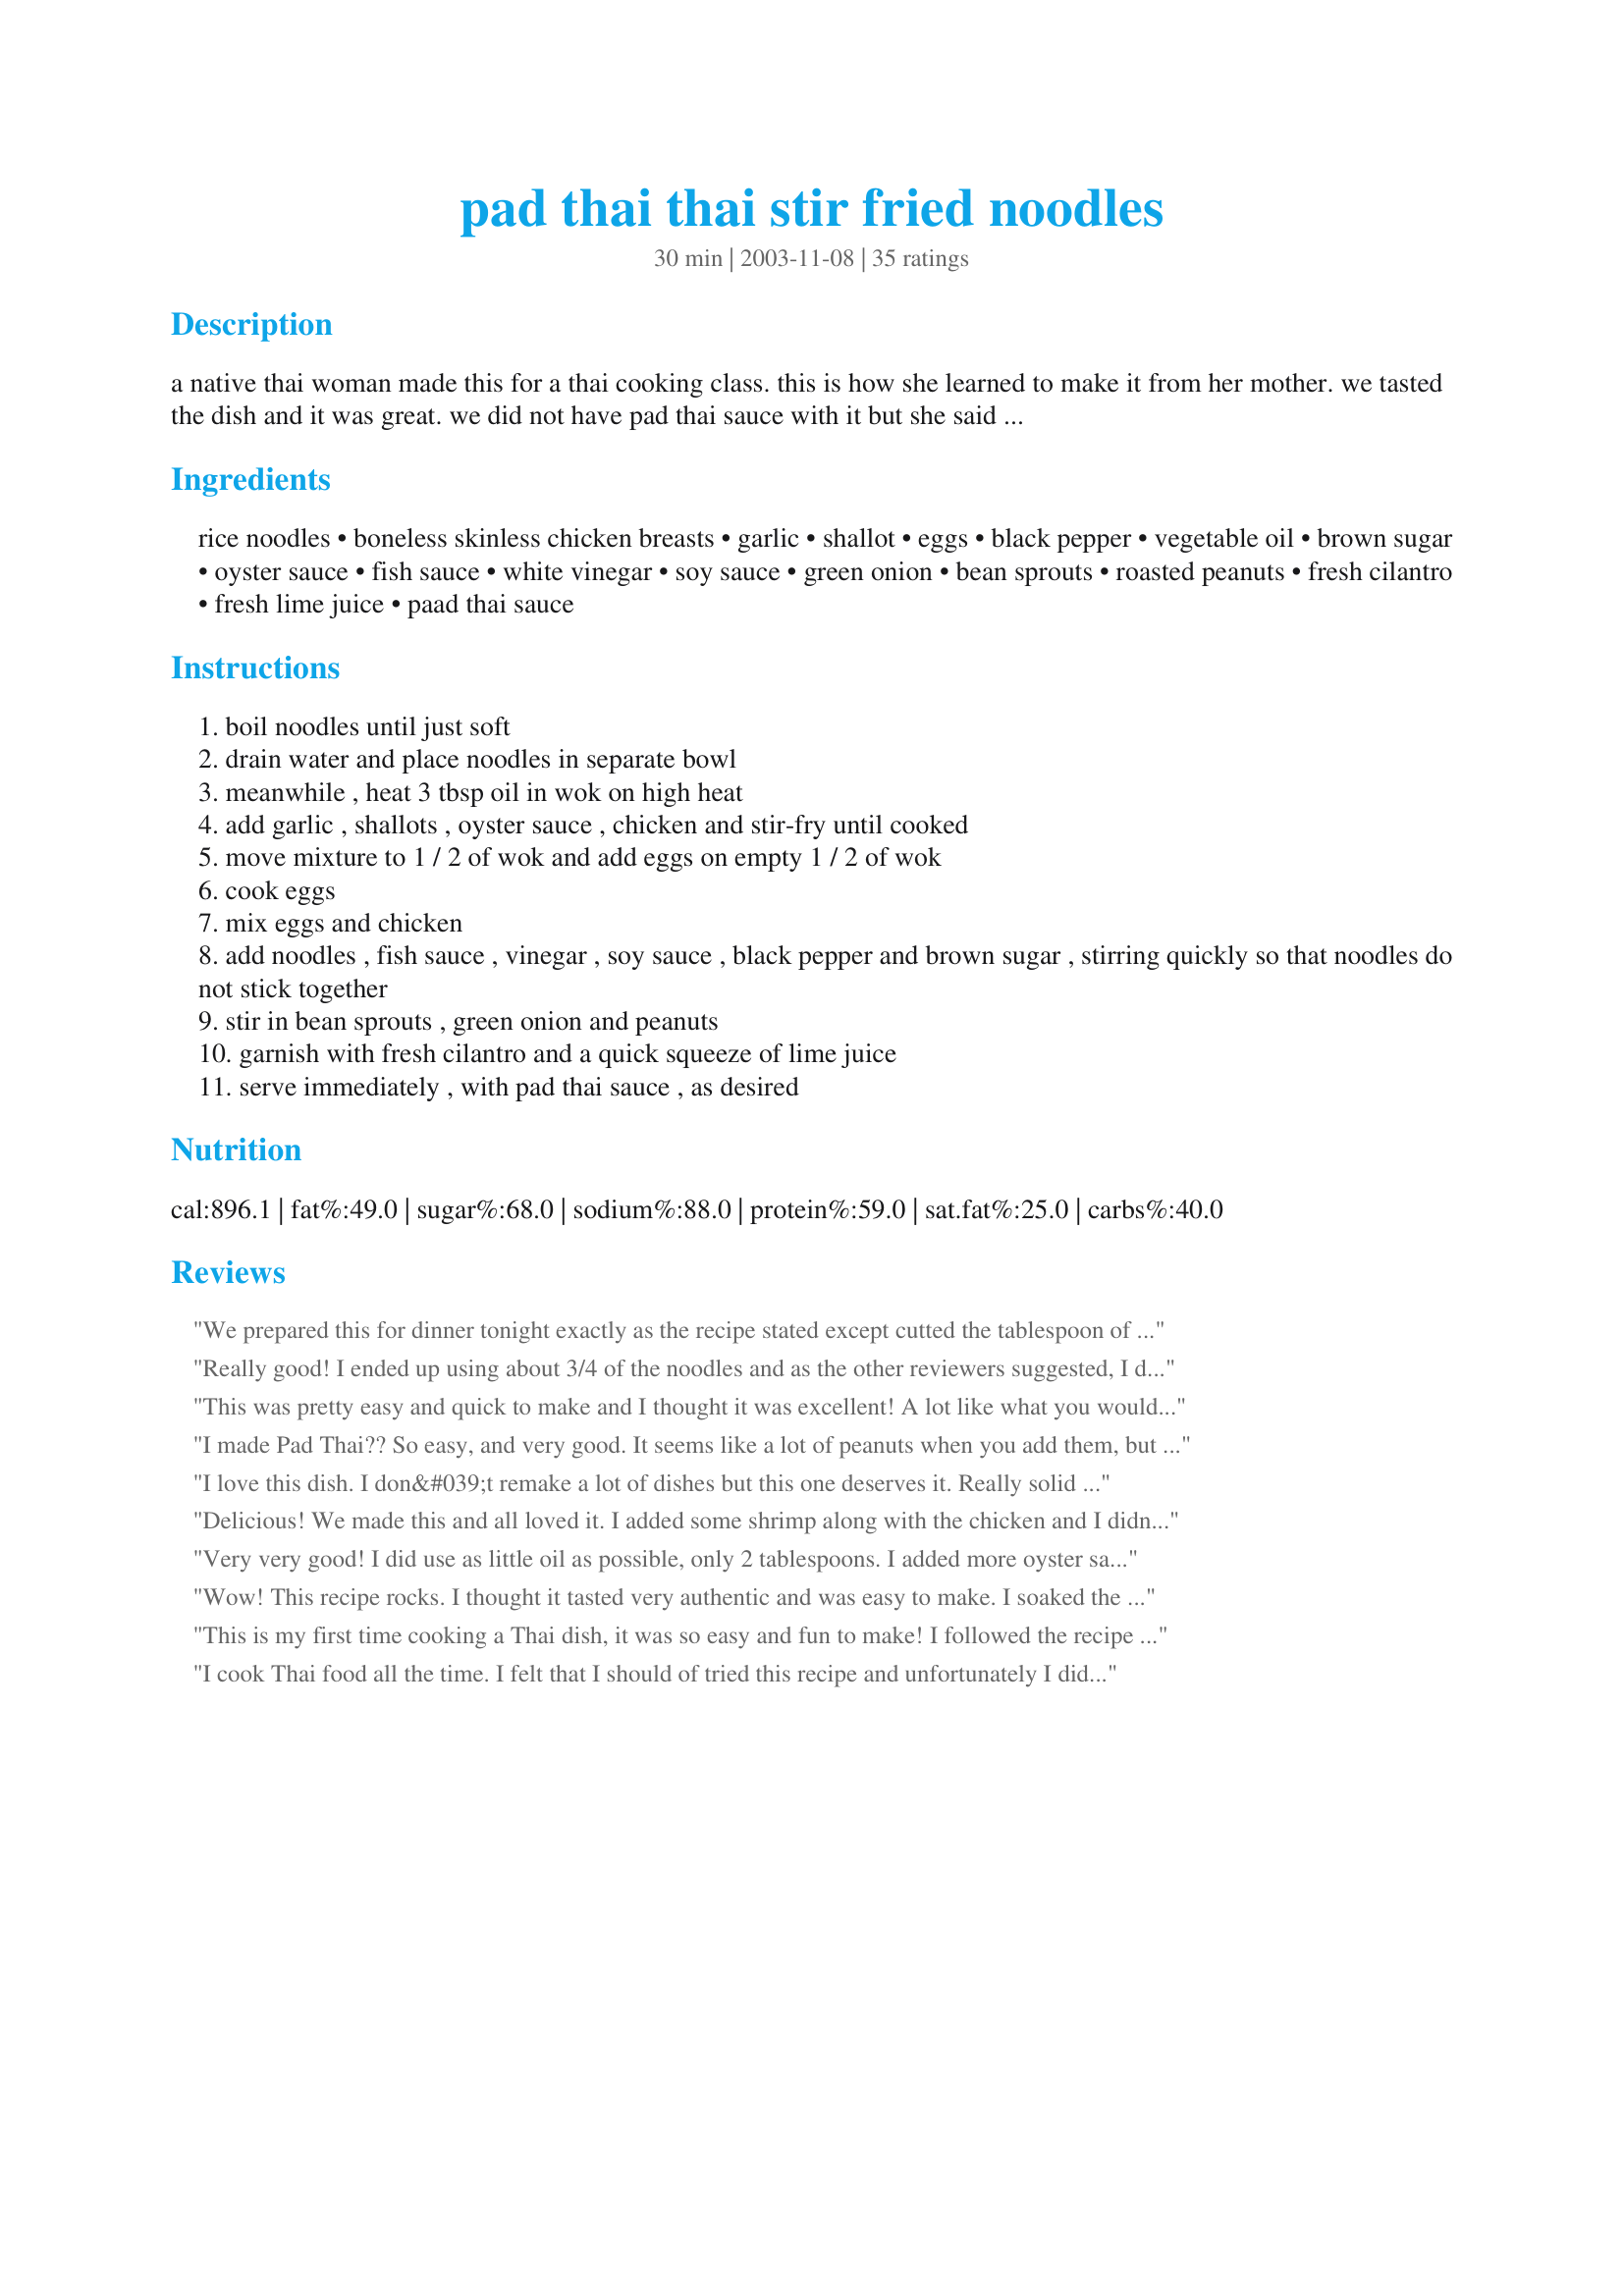
pad thai thai stir fried noodles
Preparation time: 30 minutes

a native thai woman made this for a thai cooking class. this is how she learned to make it from her mother. we tasted the dish and it was great. we did not have pad thai sauce with it but she said the store bought type was fine. vegetables or tofu may be substituted for the chicken. she noted that overcooked noodles do not stir-fry well and do not look good. if using fresh noodles, instead of dried, they will cook in less than 1 minute.

Ingredients:
rice noodles, boneless skinless chicken breasts, garlic, shallot, eggs, black pepper, vegetable oil, brown sugar, oyster sauce, fish sauce, white vinegar, soy sauce, green onion, bean sprouts, roasted peanuts, fresh cilantro, fresh lime juice, paad thai sauce

Steps:
boil noodles until just soft
drain water and place noodles in separate bowl
meanwhile , heat 3 tbsp oil in wok on high heat
add garlic , shallots , oyster sauce , chicken and stir-fry until cooked
move mixture to 1 / 2 of wok and add eggs on empty 1 / 2 of wok
cook eggs
mix eggs and chicken
add noodles , fish sauce , vinegar , soy sauce , black pepper and brown sugar , stirring quickly so that noodles do not stick together
stir in bean sprouts , green onion and peanuts
garnish with fresh cilantro and a quick squeeze of lime juice
serve immediately , with pad thai sauce , as desired

Reviews:
We prepared this for dinner tonight exactly as the recipe stated except cutted the tablespoon of black pepper down a bit. The black pepper flavor was still very overwhelming.. i wonder if it is supposed to be a teaspoon?
Really good! I ended up using about 3/4 of the noodles and as the other reviewers suggested, I doubled the sauce. I omitted the black pepper and used chili garlic sauce instead. I soaked my noodles in hot water for 5 minutes and then drained. I did not use the jar of pad thai sauce that&#039;s listed in the ingredient list, if you double the sauce, it&#039;s great!
This was pretty easy and quick to make and I thought it was excellent! A lot like what you would get at a restaurant.
I made Pad Thai?? So easy, and very good. It seems like a lot of peanuts when you add them, but add them all because they're great! We made this without the fish or oyster sauce to make it vegetarian.
I love this dish. I don&#039;t remake a lot of dishes but this one deserves it. Really solid recipe.
Delicious! We made this and all loved it. I added some shrimp along with the chicken and I didn't add the peanuts, we just added them at the table. Absolutely delicious. We will make this again. Thank you so much for sharing this with us.
Very very good! I did use as little oil as possible, only 2 tablespoons. I added more oyster sauce because I just love it! Very much like my favorite restaurant!
Wow! This recipe rocks. I thought it tasted very authentic and was easy to make. I soaked the rice noodles in hot water instead of boiling them. I used only 2 tablespoons of brown sugar and 1 teaspoon of black pepper.
This is my first time cooking a Thai dish, it was so easy and fun to make! I followed the recipe exactly, omitting nothing.The taste is beautiful,we ended up eating all of it.Thank You!
I cook Thai food all the time. I felt that I should of tried this recipe and unfortunately I didn't enjoy it at all. I felt that the black pepper was too overwhelming, I didn't enjoy the black pepper taste. I would of used 3 to 4 fresh Thai chili peppers instead. Chopped up very finely and cooked together with the chicken.
I just wanted to add some tips for this.I have made Pad Thai many times & took cooking classes in Thailand.This sauce is really a "Drunken Noodle" without basil.If you soak the noodles in warm water for 20 minutes they come out great;no cooking,this is how I was taught.Tamarind juice is the real ingredient used and Thai soy sauce that has more of a boullion/caramel taste to it than regular soy.I am not trying to to be petty,just trying to enlighten.Also blanch your mungs sprouts first,much better that way.There are so many Americanized versions of Pad Thai but the authentic ones have very simple ingredients.
This was delicious! My husband and I loved the flavor. I used splenda instead of brown sugar and stir fry veggies instead of bean sprouts because that was all I had. I will definitely make this again. Wonderful recipe.
This was very easy to make. I had extras stay for dinner, so I added shrimp. I followed the directions, but added fresh jalapeno, and wisked the eggs before I added them. Eveybody like it.
I didn't use Pad Thai sauce either, and it was fine without it.
I have been accused of having an unnatural obsession with phad thai noodles. I have made several versions of phad thai from boxes and mixes and found most of them to be plain and unacceptable. This recipe is truely a gift.
Hello Ducky,
I have traveled throughout Thailand and have never had this popular recipe. Also, since I love Singapore Curry Rice Noodles, I could not wait to try your recipe.
It was very, very good! I substituted some ingredients and used what I had on hand. For example used egg noodles, garlic & chili paste, less sugar... and alpha sprouts...etc. I plan on making this recipe again (today, second time) because it was so, so good! Thanks for sharing.

this pad thai was great! I recomend doubling the sauce (fish sauce, vin, black pepper, brown sugar., ect?) I also add red pepper flakes for heat.

I didnt boil the rice noodles. What I did do is get the pot of water boiling then turned the heat down to mid low while adding the pasta. Then I stired it a few times and 10-14mins later they were done in time to be added to dish.

oh and before i forget. add just a lil less vinager than it calls for.

Thanks again for the recipe!
This was a welcome find, as many attempts at making pad thai have disappointed me! I made a few changes -- substituting cooked prawns (shrimp) for the chicken because it was on sale and was cheaper than chicken today at the grocery store. I cooked the eggs (two in this case) in a small non-stick pan adjacent to the other, as I was using a high-sided non-stick wok-style frying pan, with a very small circle at the base to cook the egg in. I also (seeded and) minced two bird's eye chilies and added them to the onion and shallot. I put a dash of ketchup into the vingegar/sugar etc. mix. I substituted rice vinegar for white vinegar. I also used only two teaspoons of oil, and in this case, I used peanut oil. I later added a dash of sesame oil after the onion, shallot and chilies had cooked. Instead of black pepper, I used chili flakes (the kind you shake onto pizza -- the little red ones that are dried and have seeds). I added them near the end, after adding the noodles but before the sprouts and the green onions. After adding the last two things, I squeezed in the juice of a half a lime and tossed it in the pan, before topping with freshly chopped coriander (cilantro) and plating. I didn't have any peanuts so I didn't add them at the end. Missed them. Overall, I am delighted with the result. My variations come from having experimented many times with this dish and remembering what I liked from the recipes that had failed.
Yum! I left out a lot of items such as eggs (hubby didn't want it), black pepper (didn't see a need), brown sugar (seemed pointless), oyster sauce (didn't have), fish sauce (don't like fish), bean sprouts (didn't have), and roasted peanuts (don't like peanuts in dishes). Even without those things, it definitely tasted like pad thai. After adding the noodles to the chicken and other ingredients I added pad thai sauce and stirred. We ate this for dinner tonight with tom yum soup as an appetizer. Next time I will add bean sprouts. Thanks!
I really loved this recipe. I have always wanted to know how to make my own Pad Thai, I love it, and have tried it at so many different restaurants. I think this is just as good, or better than any restaurants I have tried it at. I didn't change a thing. I found it to be authentic, and I love how easy it is to make. Thanks for a really great recipe.
Sorry, just not a fan of this one. I love pad thai, and was excited about making it, but it fell short of my expectations.
I made this for my DH and he liked it, the only thing he didnt like was the fish sauce, so next time I keep out the sauce. Everything else was good. I agree with viking I think it is a tsp of black pepper and not tbs.
Will make again.
This is the best pad thai recipe I have ever tried! Pad thai lovers you have got to try this recipe.
Really good recipe! I substituted the chicken for precooked shrimp and used a store bought pad thai sauce. I added 4 Tbsps of the store bought sauce to the oyster, vinegar, soy sauce mix and it turned out really well!!
I usually make Pad Thai the traditional way with Palm Sugar and Tamarind into a sauce ahead of time. I felt like some thai noodles today but didn't want to invest a lot of time. This was quick, easy and tasty. I also would have preferred chilli or sambal instead of the pepper, but other than that it's quick and tasty. Thanks!
Was very good! I would suggest adding the lime juice while cooking.
I've been making this about once a week lately. I use tofu and tempeh instead of chicken and I omit the sugar and use carrots as well. Thank you for posting!
It is a great receipe. I believe when stir the bean sprouts quickly is also important because the longer the cooking time, the more water comes out and make the noodle more sticky.
I have made this for myself for a while and enjoyed a lot... and then I made it for my boyfriend. He asks for it once a week now, and adores the leftovers. Thanks for the recipe! I double the sauce ingredients, increase the chicken to four breasts, and use snow peas instead of beansprouts, but the rest is perfect!
This was really good. My only complaint was that it did not seem as saucy as what I get in restaurants and I didn't even add all of the called for noodles - maybe because I didn't add the optional oyster sauce or pad thai sauce. Or maybe my skillet was too hot when I added those things and they reduced too much. Next time I think I will double the saucy ingredients. Also, I think my rice noodles were a little bit overdone, next time maybe I will try just soaking them in hot water like some of the other reviewers suggested.
I give this recipe 5 stars. It's easy to make and tastes wonderful. I used authentic asian ingredients without any substitutions and it could compare to Pad thai in any good Thai restaurant!
We loved this recipe. I didn't add the oyster sauce or the sprouts because I didn't have either, but it was delicious anyway. I also whisked the eggs with a fork before adding to the wok. This is definitely a keeper in our household.
This was a great recipe for pad thai. We LOVED it and it was so easy to prepare. Thank you for sharing!
We thought the flavor of this was really good. I bought two pkgs of rice noodles (191 g each) That was WAY too much. There was hardly any sauce, even with the whole bottle of Pad Thai. I hate cilantro, and forgot the fish sauce, but other than that made as directed. Next time I will use only pkg of noodles.
This was a truely amazing dish! I wish I could give it more stars! Thanks for the gem! My friend's aunt, who comes from Thailand, made Pad Thai, and this tasted exactly like this. So don't be put off by authenticity ratings! I think this tastes like the real deal!
One of the best meals we've had in a long time, IMHO. I had everything except the shallots...I just used the extra whites from the green onions (even though I know shallots have a slightly milder taste). I also added a little peanut butter in step 8...I mixed all the ingredients together first and then added to pan. I ended up adding about 1 tblsp with the sauce, and then added 1 tblsp more after the noodles were mixed in, just b/c I thought it gave it a richer flavor. It was yummy...thanks!
